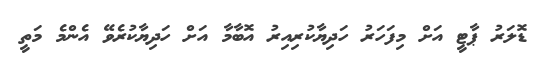
ޑޮލަރު ޕާޓީ އަށް މިފަހަރު ހަދިޔާކުރިއިރު އޮބާމާ އަށް ހަދިޔާކުރެވޭ އެންމެ މަތީ